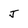
Character: J